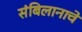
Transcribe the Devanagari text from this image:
संबिलानाचे